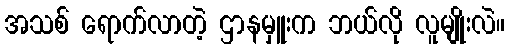
အသစ် ရောက်လာတဲ့ ဌာနမှူးက ဘယ်လို လူမျိုးလဲ။